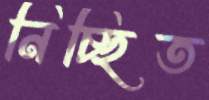
নিচ্ছিত